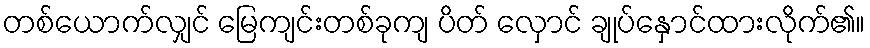
တစ်ယောက်လျှင် မြေကျင်းတစ်ခုကျ ပိတ် လှောင် ချုပ်နှောင်ထားလိုက်၏။